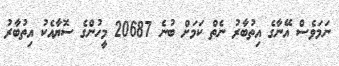
ނަމަވެސް އޭނާގެ އިތުބާރު ނެތް ކަމަށް ބުނެ 20687 މީހުންގެ ސޮޔާއެކު އިތުބާރު